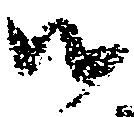
御